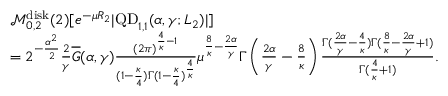
\begin{array} { r l } & { \mathcal M _ { 0 , 2 } ^ { \mathrm { d i s k } } ( 2 ) [ e ^ { - \mu R _ { 2 } } | \mathrm { Q D } _ { 1 , 1 } ( \alpha , \gamma ; L _ { 2 } ) | ] } \\ & { = 2 ^ { - \frac { \alpha ^ { 2 } } { 2 } } \frac { 2 } { \gamma } \overline { G } ( \alpha , \gamma ) \frac { ( 2 \pi ) ^ { \frac { 4 } { \kappa } - 1 } } { ( 1 - \frac { \kappa } { 4 } ) \Gamma ( 1 - \frac { \kappa } { 4 } ) ^ { \frac { 4 } { \kappa } } } \mu ^ { \frac { 8 } { \kappa } - \frac { 2 \alpha } { \gamma } } \Gamma \left( \frac { 2 \alpha } { \gamma } - \frac { 8 } { \kappa } \right) \frac { \Gamma ( \frac { 2 \alpha } { \gamma } - \frac { 4 } { \kappa } ) \Gamma ( \frac { 8 } { \kappa } - \frac { 2 \alpha } { \gamma } + 1 ) } { \Gamma ( \frac { 4 } { \kappa } + 1 ) } . } \end{array}